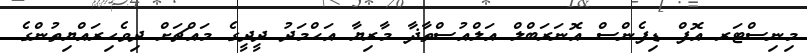
މިނިސްޓަރ އޮފް ޑިފެންސް އޮނަރަބްލް އަލްއުސްތާޛާ މާރިޔާ އަޙްމަދު ދީދީގެ މައްޗަށް ދިވެހިރައްޔިތުންގެ